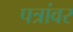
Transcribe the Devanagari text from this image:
पत्रांवर